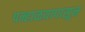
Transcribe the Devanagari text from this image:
पन्हाळय़ापासून